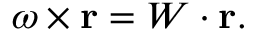
{ \boldsymbol { \omega } } \times \mathbf { r } = W \cdot \mathbf { r } .